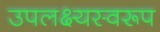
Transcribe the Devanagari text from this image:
उपलक्ष्यस्वरूप